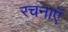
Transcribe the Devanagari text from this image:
रचनाएॅ